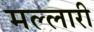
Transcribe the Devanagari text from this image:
मल्लारी